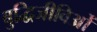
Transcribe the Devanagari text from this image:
बुद्धिजीविओं